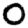
Digit: 0